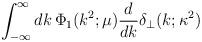
LaTeX: \begin{align*}\int_{-\infty}^{\infty}dk\,\Phi_1(k^2;\mu)\frac{d}{dk}\delta_{\perp}(k;\kappa^2)\end{align*}